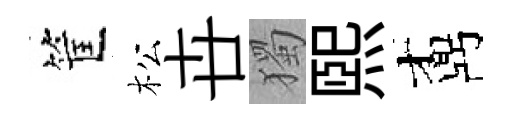
筐松卋獨煕鼒